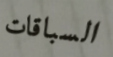
السباقات